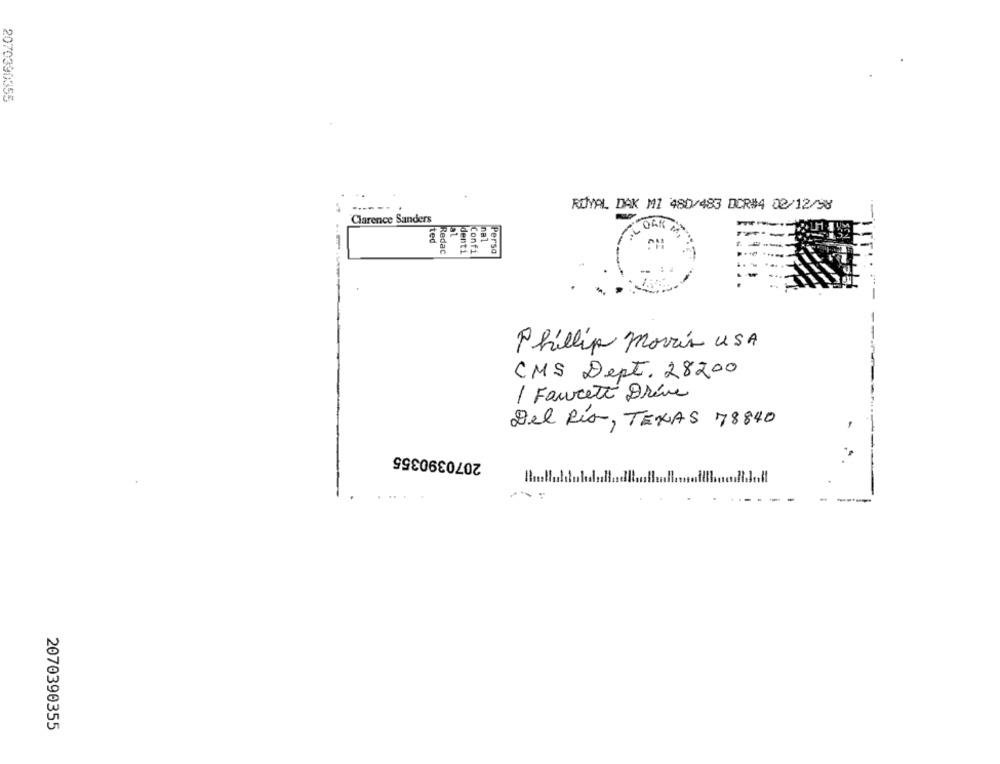
2070390355
ROYAL DAK M1 480/483 DCR#4 02/12/98
Clarence Sanders
ted
Redac
denti
Confi
na1
Persa
Phillip morris USA
CMS Dept. 28200
/ Faucett Drève
Del Río, TEXAS 78840
2070390355
2070390355